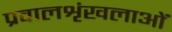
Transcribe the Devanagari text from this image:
प्रवालशृंखलाओं